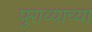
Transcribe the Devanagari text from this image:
पुराव्याच्या